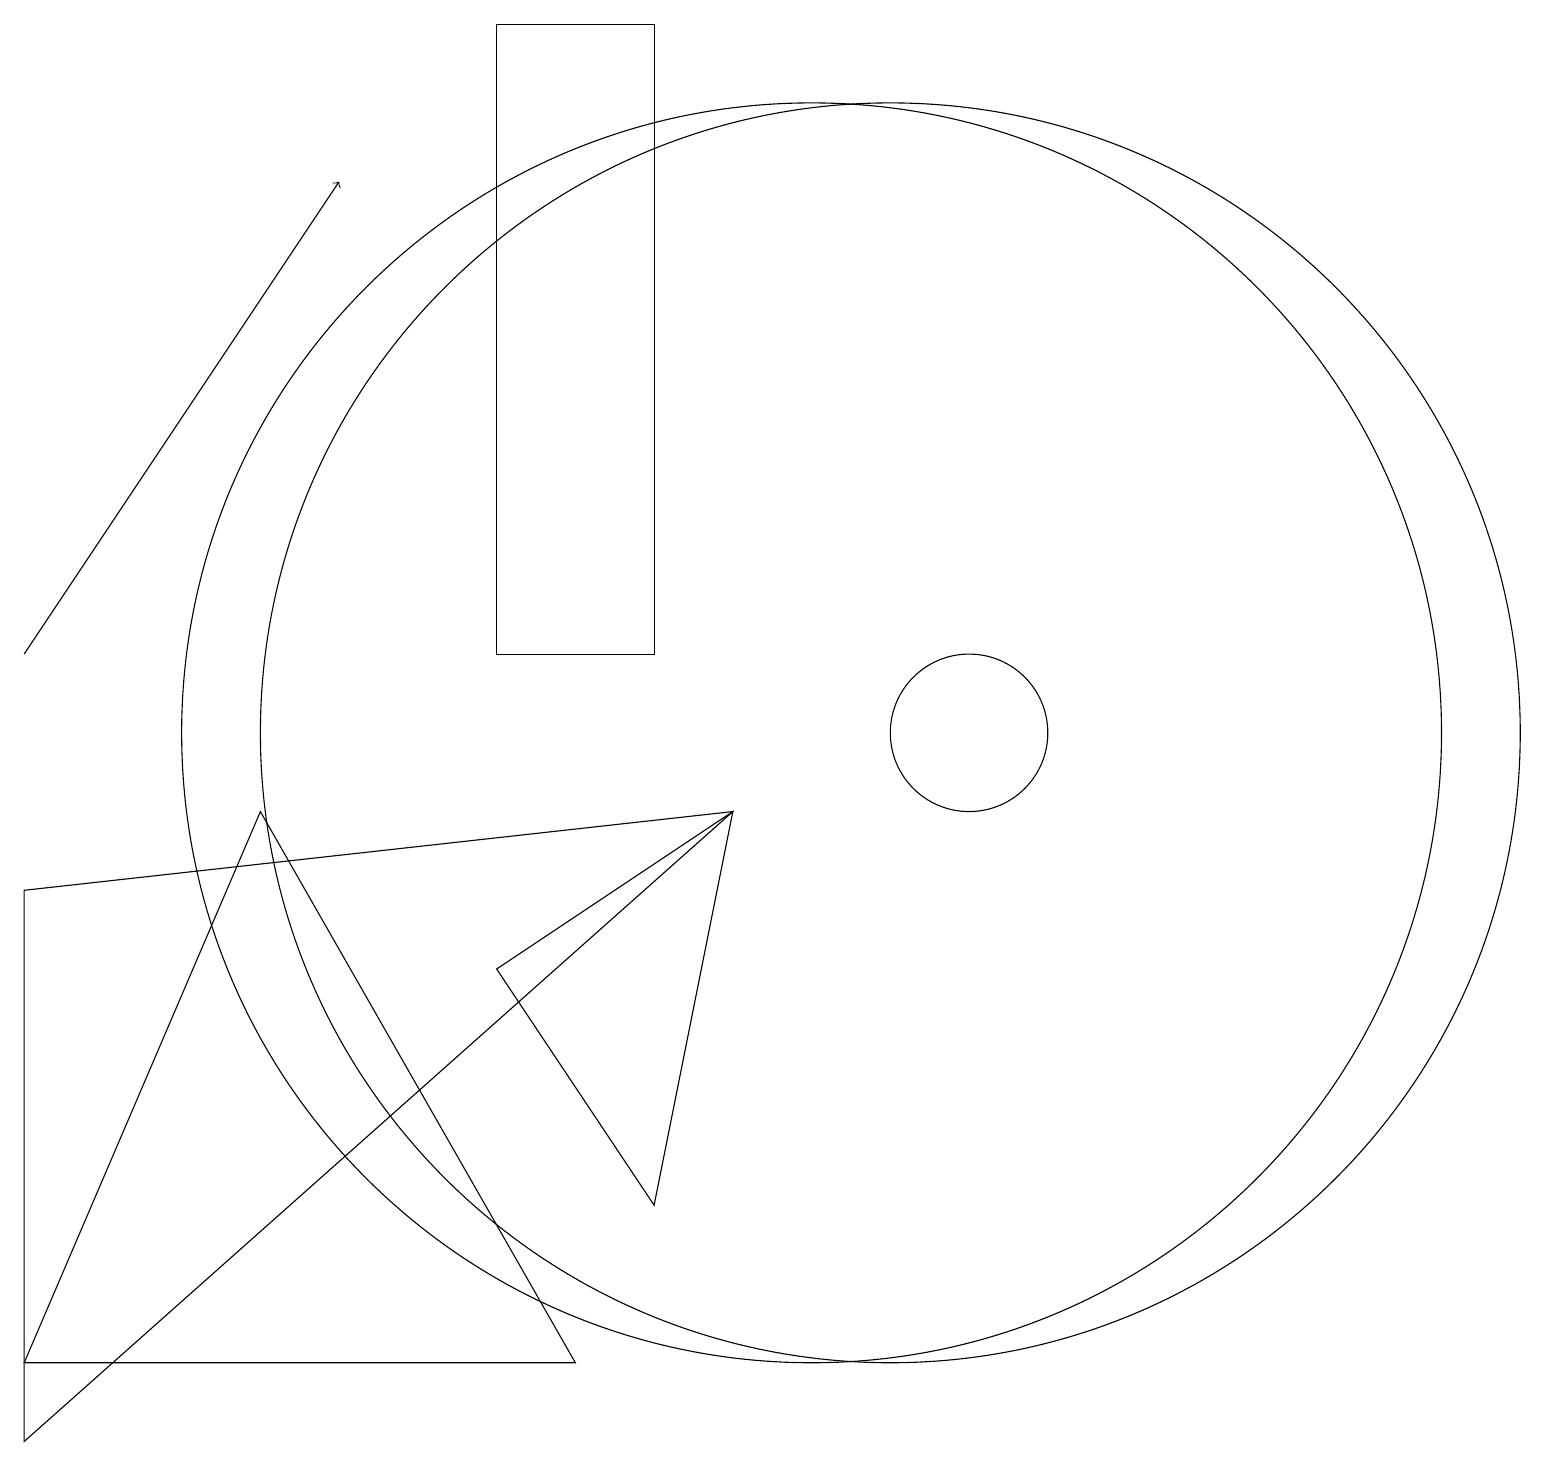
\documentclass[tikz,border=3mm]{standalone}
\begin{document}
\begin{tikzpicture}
\draw (11,10) circle (8);
\draw[->] (0,11) -- (4,17);
\draw (9,9) -- (8,4) -- (6,7) -- cycle;
\draw (3,9) -- (7,2) -- (0,2) -- cycle;
\draw (0,8) -- (0,1) -- (9,9) -- cycle;
\draw (10,10) circle (8);
\draw (6,11) rectangle (8,19);
\draw (12,10) circle (1);
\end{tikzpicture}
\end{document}